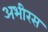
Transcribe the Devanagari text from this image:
अभीरस